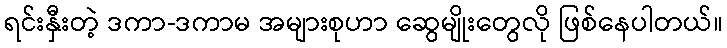
ရင်းနှီးတဲ့ ဒကာ-ဒကာမ အများစုဟာ ဆွေမျိုးတွေလို ဖြစ်နေပါတယ်။